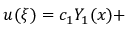
u ( \xi ) = c _ { 1 } Y _ { 1 } ( x ) +